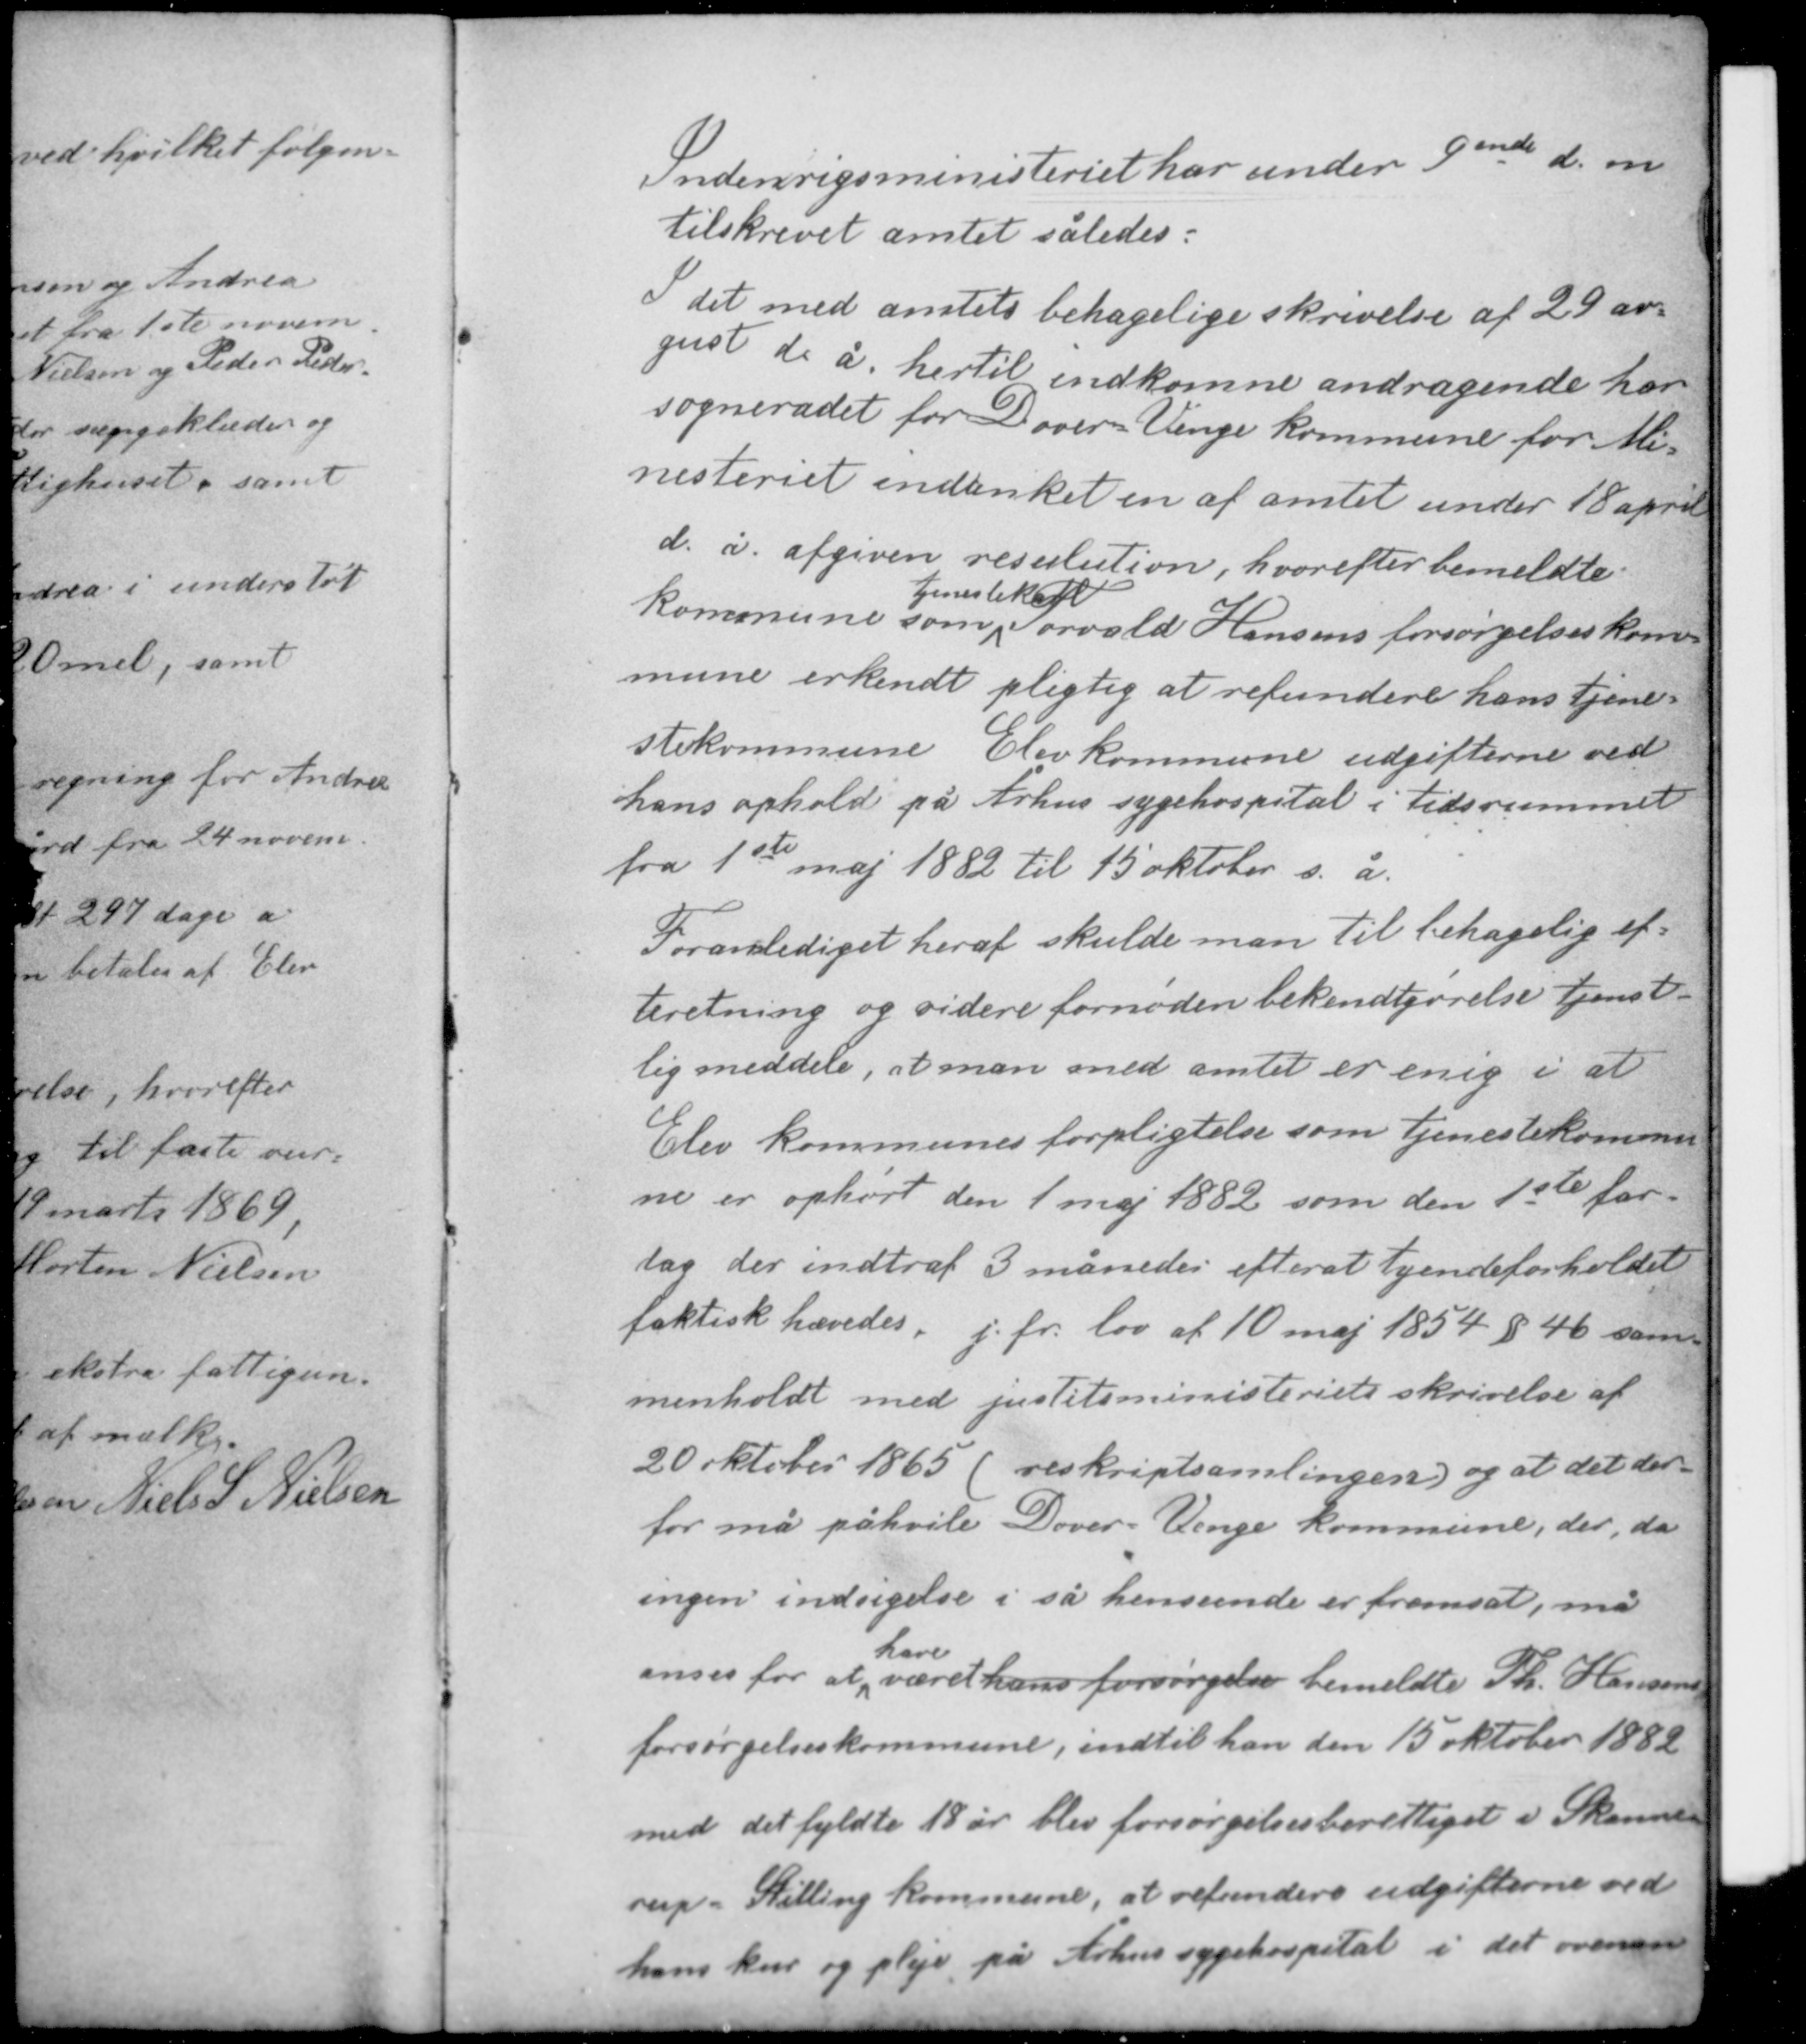
Transskription:
Indenrigsministeriet har under 9ende d. m.
tilskrevet amtet således:

I det med amtets behagelige skrivelse af 29 au-
gust d. å. hertil indkomne andragende har
sognerådet for Dover-Venge kommune for Mi-
nesteriet indanket en af amtet under 18 april
d. å. afgiven resulution, hvorefter bemeldte
tjenestekarl
kommune som Torvald Hansens forsørgelseskom-
mune erkendt pligtig at refundere hans tjene-
stekommune Elev kommune udgifterne ved
hans ophold på Århus sygehospital i tidsrummet
fra 1ste maj 1882 til 15 oktober s. å.

Foranlediget heraf skulde man til behagelig ef-
terretning og videre fornøden bekendtgørelse tjenste-
lig meddele, at man med amtet er enig i at
Elev kommunes forpligtelse som tjenestekommu-
ne er ophørt den 1 maj 1882 som den 1ste far-
dag der indtraf 3 måneder efter at tyndedforholdet
faktisk hævedes. j.fr. lov af 10 maj 1854 § 46 sam-
menholdt med justitsministeriets skrivelse af

20 oktober 1865 (reskriptsamlingen) og at det der-
for må påhvile Dover-Venge kommune, der, da
ingen indsigelse i så henseende er fremsat, må
have
anses for at været hans forsørgelse bemeldte Th. Hansens
forsørgelseskommune, indtil han den 15 oktober 1882
med det fyldte 18 år blev forsørgelsesberettiget i Skanne-
rup - Stilling kommune, at refundere udgifterne ved
hans kur og pleje på Århus sygehospital i det ovenan-